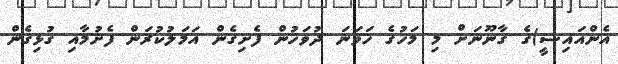
އެންއައިސީ)ގެ ގާނޫނަށް މި މަހުގެ ހަވަނަ ދުވަހުން ފެށިގެން އަމަލުކުރަން ފެށުމާއި ގުޅިގެން